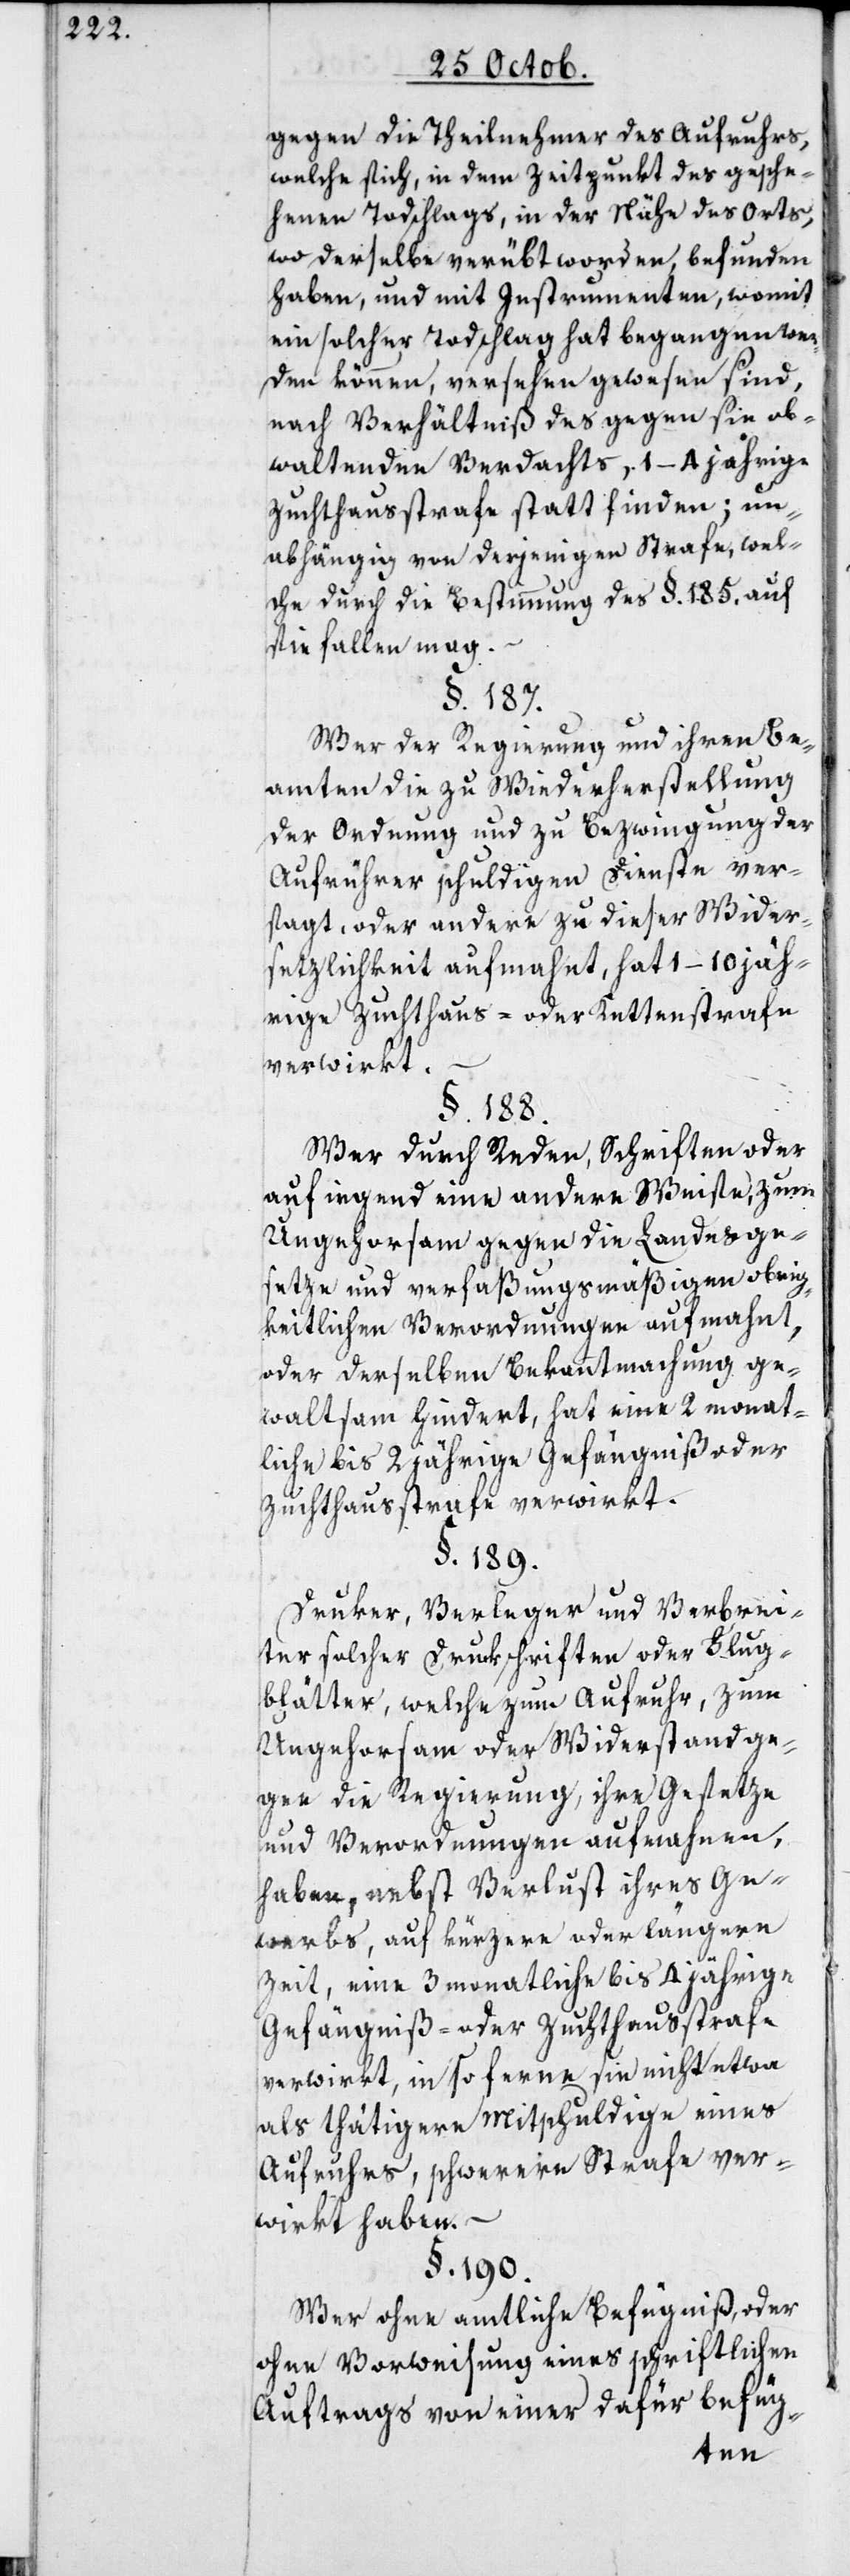
gegen die Theilnehmer des Aufruhrs,
welche sich in dem Zeitpunkt des gesche¬
henen Todschlags, in der Nähe des Orts,
wo derselbe verübt worden, befunden
haben, und mit Instrumenten, womit
ein solcher Todschlag hat begangen wer¬
den können, versehen gewesen sind,
nach Verhältniß des gegen sie ob¬
waltenden Verdachts, 1–4 jährige
Zuchthaußtrafe statt finden; un¬
abhängig von derjenigen Strafe, welche
sie fallen mag.
§. 187.
Wer der Regierung und ihren Be¬
amten die zu Wiederherstellung
der Ordnung und zu Bezwingung der
Aufrührer schuldigen Dienste ver¬
sagt, oder andere zu dieser Wider¬
setzlichkeit aufmahnt, hat 1–10 jäh¬
rige Zuchthaus- oder Kettenstrafe
verwirkt.
§. 188.
Wer durch Reden, Schriften oder
auf irgend eine andere Weise zum
Ungehorsam gegen die Landesge¬
setze und verfaßungsmäßigen obrig¬
keitlichen Verordnungen aufmahnt,
oder derselben Bekanntmachung ge¬
waltsam hindert, hat eine 2 monat¬
liche bis 2 jährige Gefängnis- oder
Zuchthausstrafe verwirkt.
§. 189.
Druker, Verleger und Verbrei¬
ter solcher Druckschriften oder Flug¬
blätter, welche zum Aufruhr, zum
Ungehorsam oder Widerstand ge¬
gen die Regierung, ihre Gesetze
und Verordnungen aufmahnen,
haben nebst Verlust ihres Ge¬
werbs, auf kürzere oder längere
Zeit, eine 3 monatliche bis 4 jährige
Gefängniß- oder Zuchthausstrafe
verwirkt, in so ferne sie nicht etwa
als thätigere Mitschuldige eines
Aufruhrs, schwerere Strafe ver¬
wirkt haben. –
§. 190.
Wer ohne amtliche Befugniß oder
ohne Vorweisung eines schriftlichen
Auftrags von einer dafür befüg-